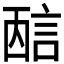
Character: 𰴭